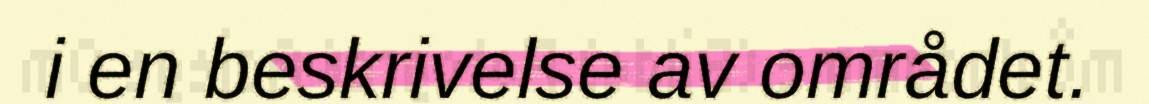
i en beskrivelse av området.